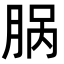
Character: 脶